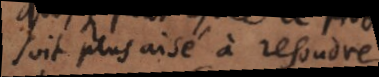
soit plus aisé à resoudre